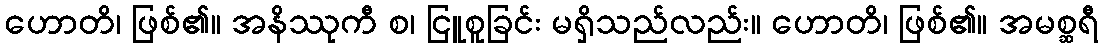
ဟောတိ၊ ဖြစ်၏။ အနိဿုကီ စ၊ ငြူစူခြင်း မရှိသည်လည်း။ ဟောတိ၊ ဖြစ်၏။ အမစ္ဆရီ